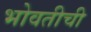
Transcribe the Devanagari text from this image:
भोवतीची